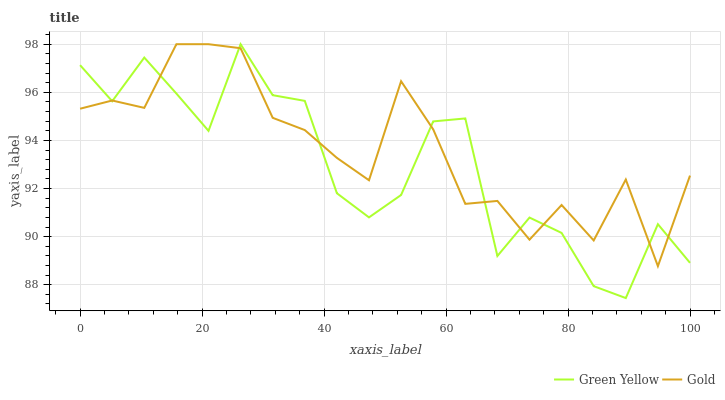
| xaxis_label | Green Yellow | Gold |
 | --- | --- | --- |
 | 0 | 97.1 | 95.3 |
 | 5.26 | 95.6 | 95.7 |
 | 10.5 | 97.4 | 95.4 |
 | 15.8 | 95.9 | 98 |
 | 21.1 | 94.4 | 98 |
 | 26.3 | 98 | 97.8 |
 | 31.6 | 95.9 | 94.9 |
 | 36.8 | 95.6 | 94.4 |
 | 42.1 | 91.8 | 93.3 |
 | 47.4 | 90.8 | 92.3 |
 | 52.6 | 91.7 | 96.5 |
 | 57.9 | 94.8 | 94.5 |
 | 63.2 | 94.9 | 91.4 |
 | 68.4 | 89.2 | 91.5 |
 | 73.7 | 90.8 | 89.9 |
 | 78.9 | 90.2 | 91.3 |
 | 84.2 | 87.9 | 89.8 |
 | 89.5 | 87.4 | 92.4 |
 | 94.7 | 90.5 | 88.8 |
 | 100 | 88.9 | 92.5 |